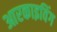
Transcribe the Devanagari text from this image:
आरकाइविंग